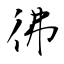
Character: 彿